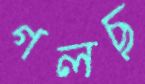
গলছ